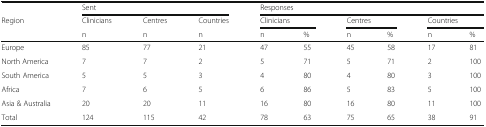
|  | <COLSPAN=3> Sent | <COLSPAN=6> Responses |
 | <ROWSPAN=2> Region | Clinicians | Centres | Countries | <COLSPAN=2> Clinicians | <COLSPAN=2> Centres | <COLSPAN=2> Countries |
 | n | n | n | n | % | n | % | n | % |
 | --- | --- | --- | --- | --- | --- | --- | --- | --- | --- |
 | Europe | 85 | 77 | 21 | 47 | 55 | 45 | 58 | 17 | 81 |
 | North America | 7 | 7 | 2 | 5 | 71 | 5 | 71 | 2 | 100 |
 | South America | 5 | 5 | 3 | 4 | 80 | 4 | 80 | 3 | 100 |
 | Africa | 7 | 6 | 5 | 6 | 86 | 5 | 83 | 5 | 100 |
 | Asia & Australia | 20 | 20 | 11 | 16 | 80 | 16 | 80 | 11 | 100 |
 | Total | 124 | 115 | 42 | 78 | 63 | 75 | 65 | 38 | 91 |